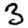
Digit: 3